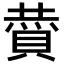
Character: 𮚏